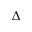
\Delta